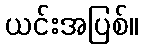
ယင်းအပြစ်။